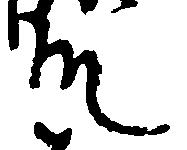
殿